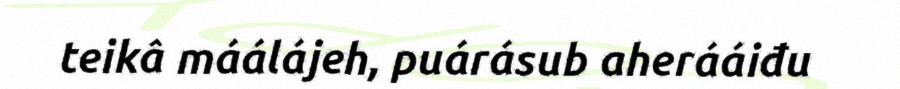
teikâ máálájeh, puárásub aherááiđu